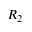
R _ { 2 }